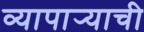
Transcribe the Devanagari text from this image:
व्यापार्‍याची